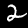
Digit: 2